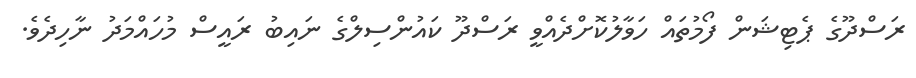
ރަސްދޫގެ ޕެޓިޝަން ފޯމުތައް ހަވާލުކޮށްދެއްވީ ރަސްދޫ ކައުންސިލްގެ ނައިބު ރައީސް މުހައްމަދު ނާހިދެވެ.